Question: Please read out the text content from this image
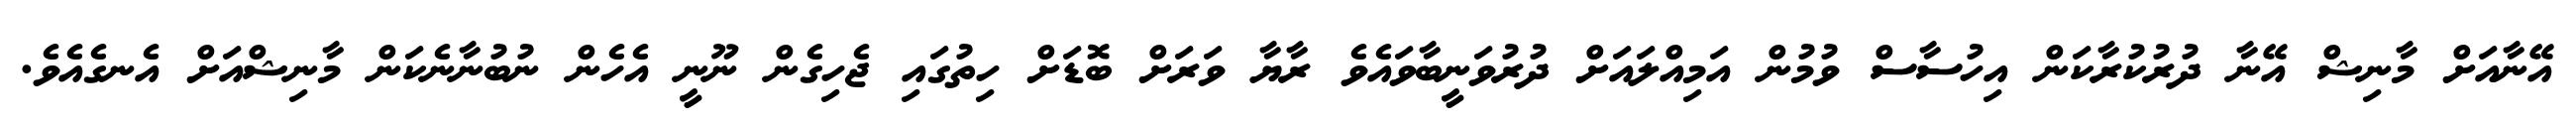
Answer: އޭނާއަށް މާނިޝް އޭނާ ދުރުކުރާކަން އިހުސާސް ވުމުން އަމިއްލައަށް ދުރުވަނީބާވައެވެ ރާޔާ ވަރަށް ބޮޑަށް ހިތުގައި ޖެހިގެން ނޫނީ އެހެން ނުބުނާނެކަން މާނިޝްއަށް އެނގެއެވެ.